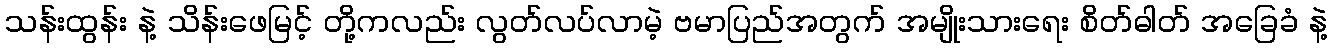
သန်းထွန်း နဲ့ သိန်းဖေမြင့် တို့ကလည်း လွတ်လပ်လာမဲ့ ဗမာပြည်အတွက် အမျိုးသားရေး စိတ်ဓါတ် အခြေခံ နဲ့